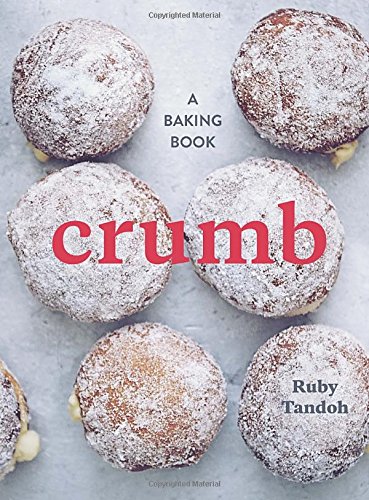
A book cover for Crumb: A Baking Book; Ruby Tandoh; Cookbooks, Food & Wine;